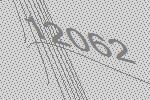
12062